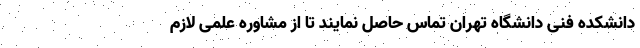
دانشکده فنی دانشگاه تهران تماس حاصل نمایند تا از مشاوره علمی لازم